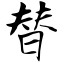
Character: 替